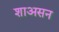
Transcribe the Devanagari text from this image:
शाअसन